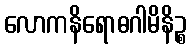
လောကနိရောဓဂါမိနိဉ္စ